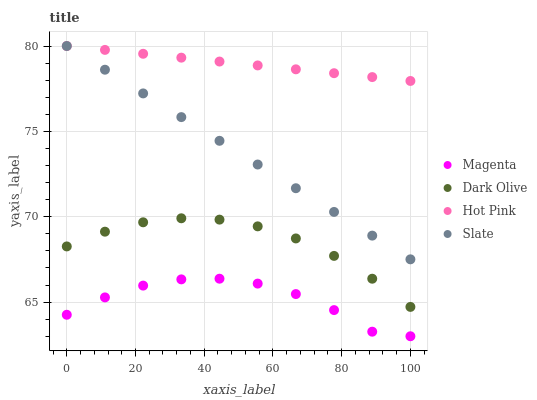
| xaxis_label | Magenta | Dark Olive | Hot Pink | Slate |
 | --- | --- | --- | --- | --- |
 | 0 | 64.3 | 68.3 | 80 | 80 |
 | 11.1 | 65.3 | 69.1 | 79.8 | 78.6 |
 | 22.2 | 66 | 69.7 | 79.5 | 77.2 |
 | 33.3 | 66.3 | 69.9 | 79.3 | 75.8 |
 | 44.4 | 66.4 | 69.8 | 79.1 | 74.4 |
 | 55.6 | 66.1 | 69.4 | 78.9 | 73.1 |
 | 66.7 | 65.5 | 68.7 | 78.6 | 71.7 |
 | 77.8 | 64.5 | 67.7 | 78.4 | 70.3 |
 | 88.9 | 63.3 | 66.4 | 78.2 | 68.9 |
 | 100 | 63 | 64.7 | 78 | 67.5 |